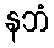
နဘံ